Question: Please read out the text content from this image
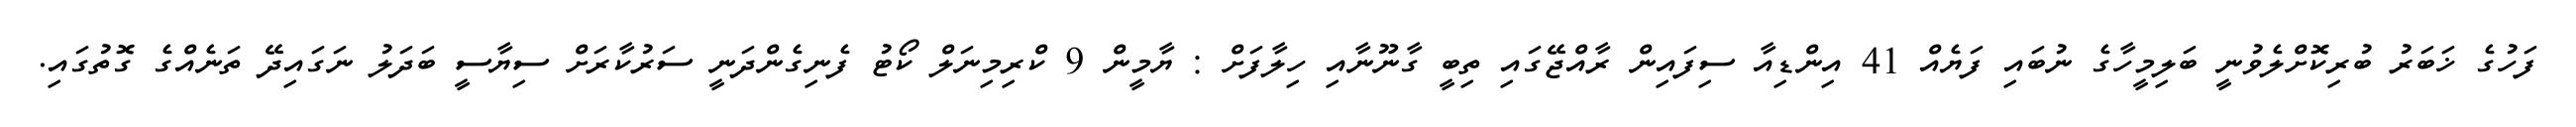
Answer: ފަހުގެ ޚަބަރު ބުރިކޮށްލެވުނީ ބަލިމީހާގެ ނުބައި ފަޔެއް 41 އިންޑިއާ ސިފައިން ރާއްޖޭގައި ތިބީ ގާނޫނާއި ހިލާފަށް : ޔާމީން 9 ކްރިމިނަލް ކޯޓު ފެނިގެންދަނީ ސަރުކާރަށް ސިޔާސީ ބަދަލު ނަގައިދޭ ތަނެއްގެ ގޮތުގައި.